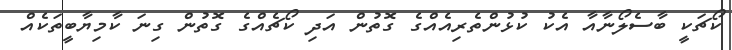
ކޯޗަކީ ބާސެލޯނާއާ އެކު ކުޅުންތެރިއެއްގެ ގޮތުން އަދި ކޯޗެއްގެ ގޮތުން ގިނަ ކާމިޔާބީތަކެއް